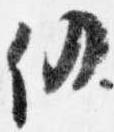
仍